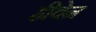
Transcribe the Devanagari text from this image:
हीवेन